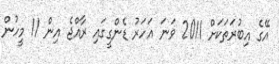
އޭގެ އިބުރަތަކަށް 2011 ވަނަ އަހަރު ޑެންގީގައި ރާއްޖެ އިން 11 މީހުން